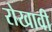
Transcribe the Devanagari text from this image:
रोखावी